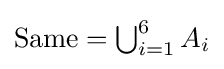
{\textstyle {\text{Same}}=\bigcup _{i=1}^{6}{A_{i}}}